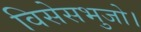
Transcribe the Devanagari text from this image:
विसेसभुजो।